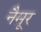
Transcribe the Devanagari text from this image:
नैमूर